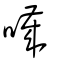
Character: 噦